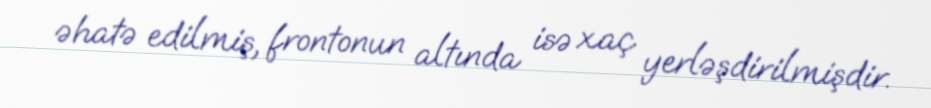
əhatə edilmiş, frontonun altında isə xaç yerləşdirilmişdir.